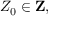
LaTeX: Z _ { 0 } \in \mathbf { Z } ,